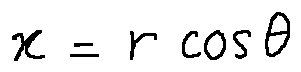
x = r \cos \theta